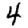
Digit: 4